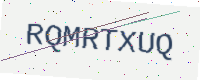
Text: RQMRTXUQ